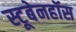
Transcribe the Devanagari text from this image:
स्टूबेनहॉस